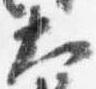
大